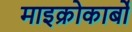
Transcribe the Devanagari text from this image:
माइक्रोकार्बो